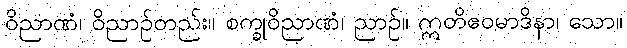
ဝိညာဏံ၊ ဝိညာဉ်တည်း။ စက္ခုဝိညာဏံ၊ ညာဉ်။ ဣတိဧဝမာဒိနာ၊ သော။